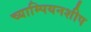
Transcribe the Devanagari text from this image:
च्याम्पियनशीप